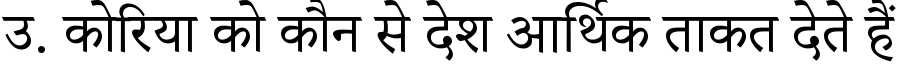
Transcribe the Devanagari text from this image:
उ. कोरिया को कौन से देश आर्थिक ताकत देते हैं